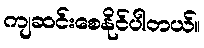
ကျဆင်းစေနိုင်ပါတယ်။